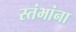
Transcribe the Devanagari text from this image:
स्तंभांना